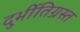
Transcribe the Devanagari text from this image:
दुर्भीतिग्रस्त